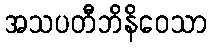
အသပတီဘိနိဝေသာ